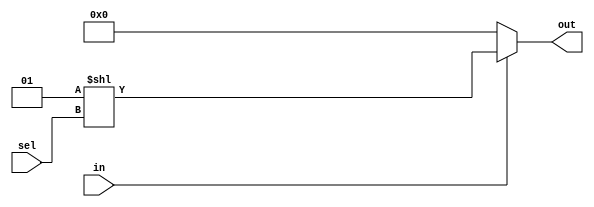

module demux1_4(
    input in,
    input [1:0] sel,
    output [3:0] out
);
    assign out = (in) ? (1 << sel) : 0;
endmodule